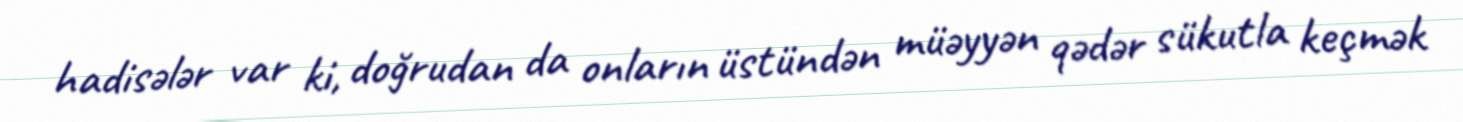
hadisələr var ki, doğrudan da onların üstündən müəyyən qədər sükutla keçmək